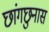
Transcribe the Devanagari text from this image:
छांगछुनास